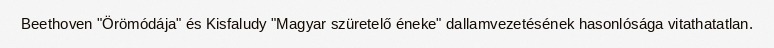
Beethoven "Örömódája" és Kisfaludy "Magyar szüretelő éneke" dallamvezetésének hasonlósága vitathatatlan.